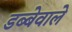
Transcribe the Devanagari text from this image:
डब्बेवाले